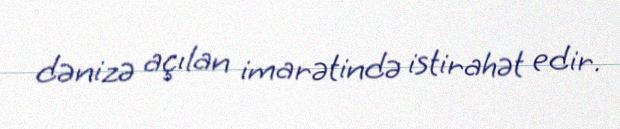
dənizə açılan imarətində istirahət edir.